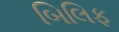
બિલિફ